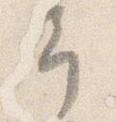
予